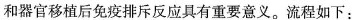
和器官移植后免疫排斥反应具有重要意义。流程如下：